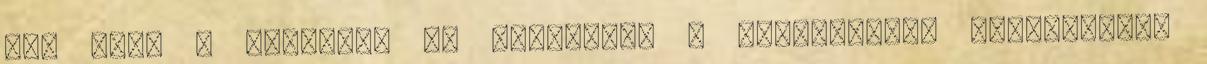
meg akár a cseréjét is vállalom. A középkonzol belsejében,